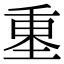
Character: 𡍺